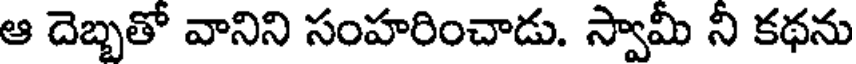
ఆ దెబ్బతో వానిని సంహరించాడు. స్వామీ ని కథను